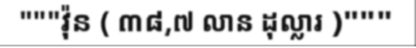
"""វ៉ុន ( ៣៨,៧ លាន ដុល្លារ )"""